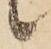
候